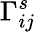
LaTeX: \Gamma_{ij}^{s}